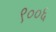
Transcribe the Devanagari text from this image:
९००६